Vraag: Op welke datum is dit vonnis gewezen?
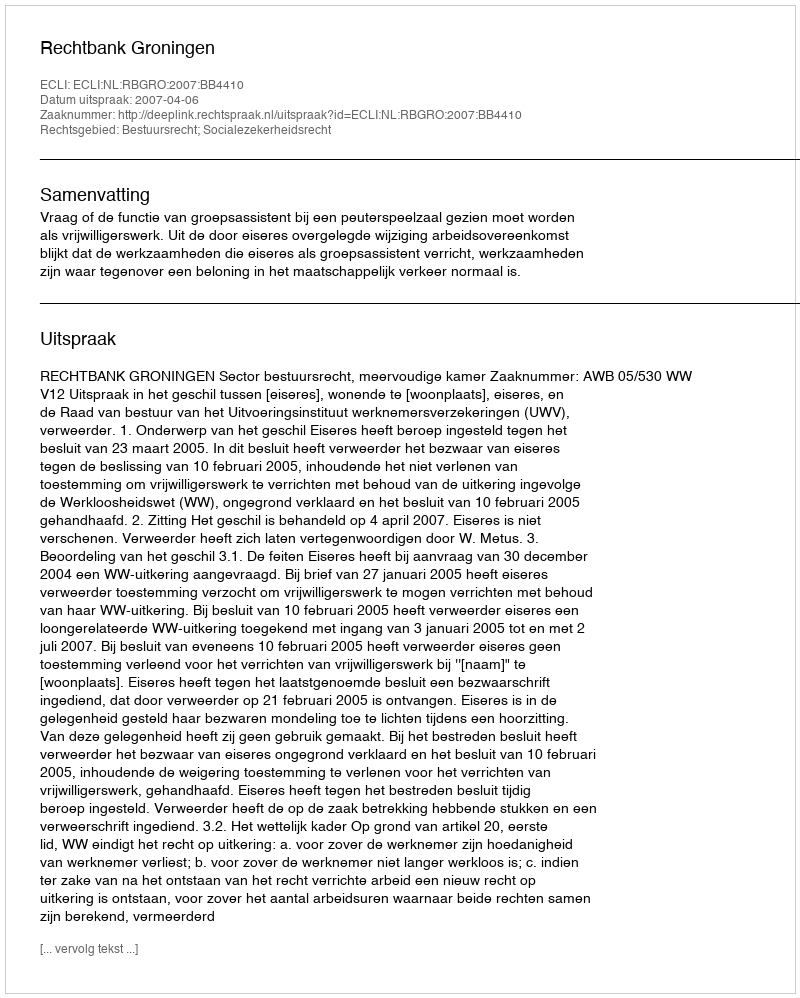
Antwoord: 2007-04-06